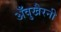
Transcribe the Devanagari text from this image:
अँवुखैरनी